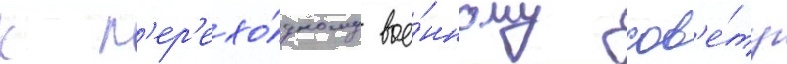
к п'ер'ехо́дному вое́нному сов'е́ту